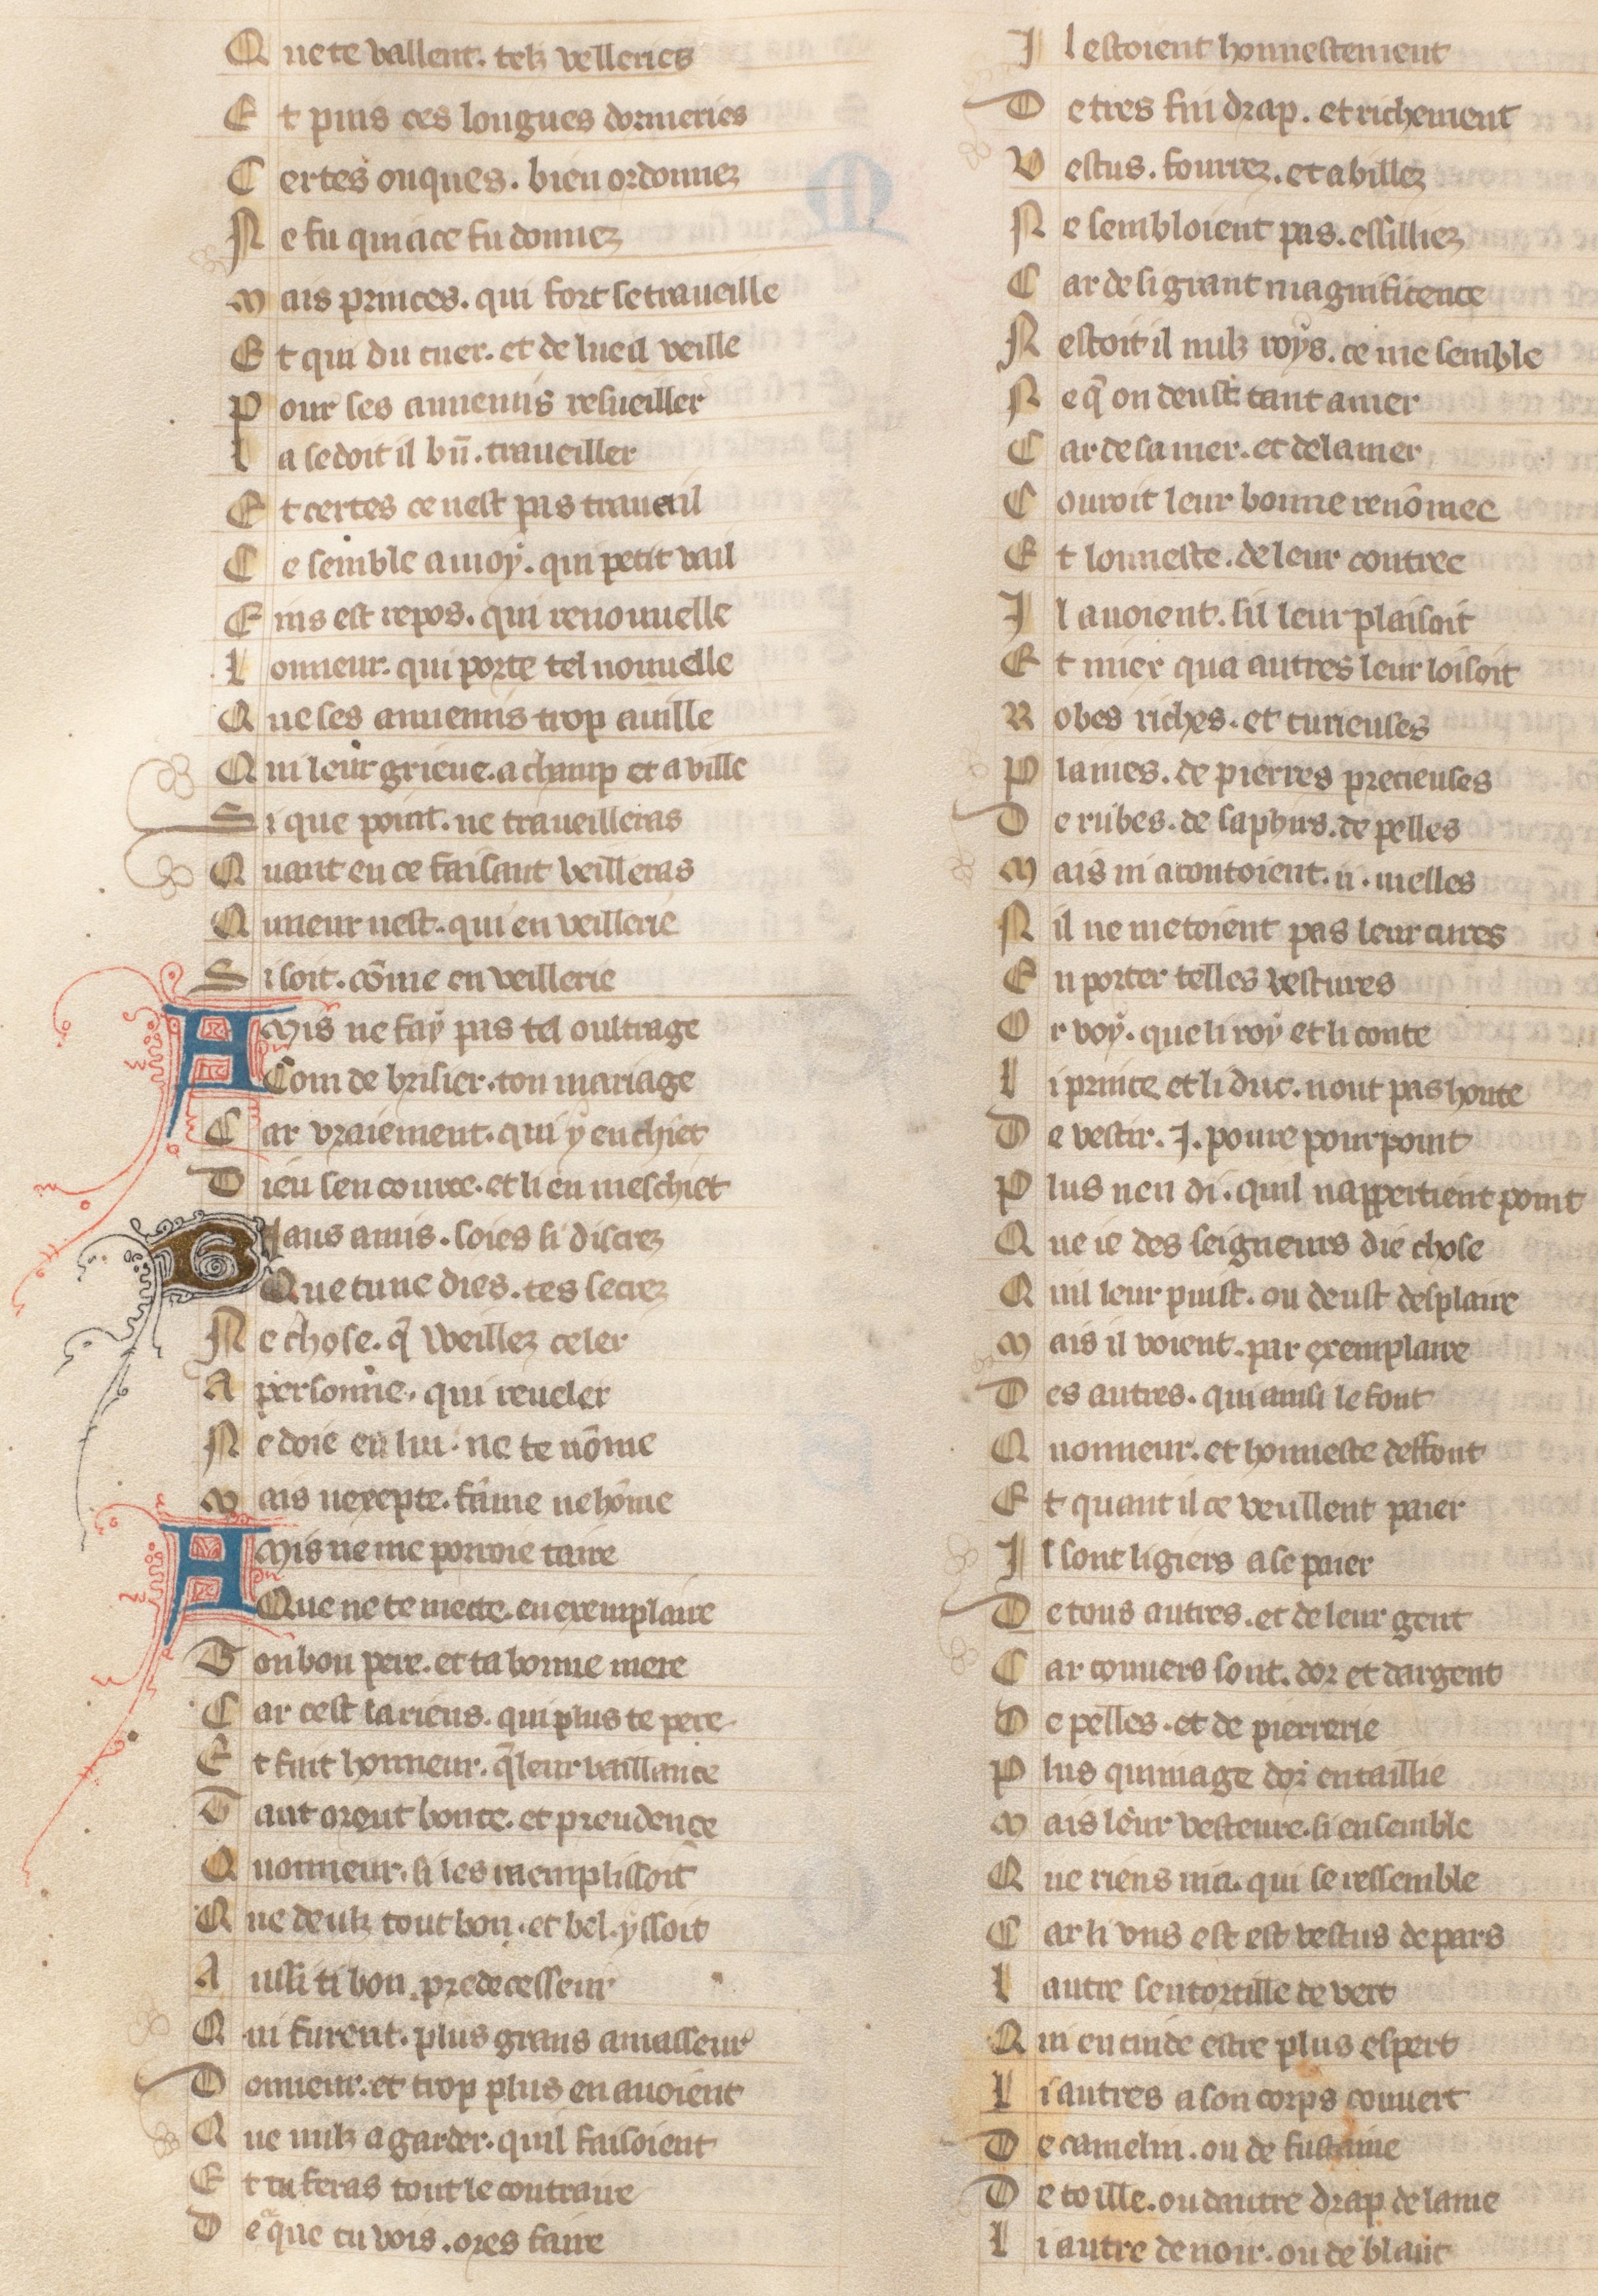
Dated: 1371–1371